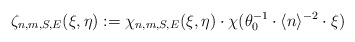
\begin{align*}\zeta_{n,m,S,E}(\xi,\eta):={\chi}_{n,m,S,E}(\xi,\eta)\cdot \chi(\theta_0^{-1}\cdot \langle n\rangle^{-2}\cdot \xi)\end{align*}